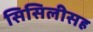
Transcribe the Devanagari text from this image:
सिसिलीसह